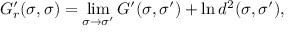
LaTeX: G _ { r } ^ { \prime } ( \sigma , \sigma ) = \operatorname * { l i m } _ { \sigma \rightarrow \sigma ^ { \prime } } G ^ { \prime } ( \sigma , \sigma ^ { \prime } ) + \ln d ^ { 2 } ( \sigma , \sigma ^ { \prime } ) ,